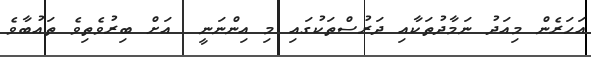
އަހަރެން މިއަދު ނަމާދުތަކާއި ދަރުސްތަކުގައި މި އިންނަނީ  އަށް ބިރުވެތިވެ ތައުބާވެ